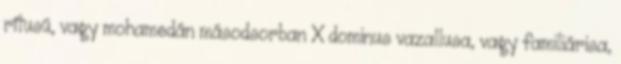
rítusú, vagy mohamedán másodsorban X dominus vazallusa, vagy familiárisa,